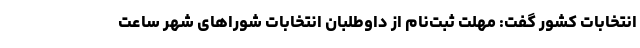
انتخابات کشور گفت: مهلت ثبت‌نام از داوطلبان انتخابات شوراهای شهر ساعت